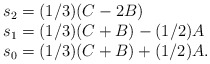
\begin{align*}\begin{array}{l} s_2=(1/3)(C-2B)\\ s_1=(1/3)(C+B)-(1/2)A \\ s_0=(1/3)(C+B)+(1/2)A. \end{array}\end{align*}